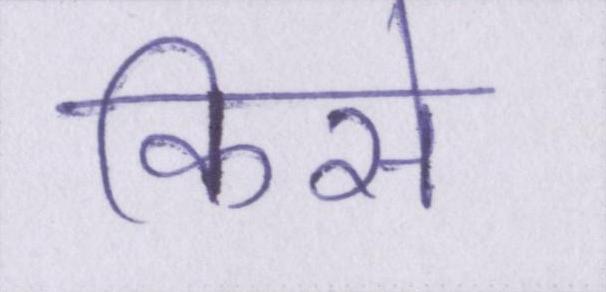
किसे